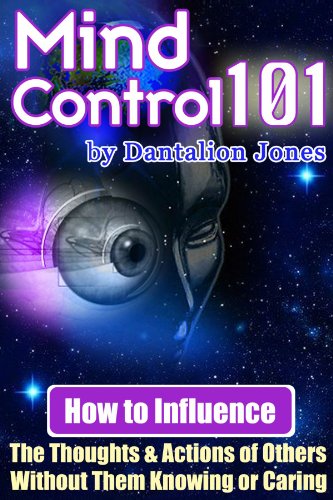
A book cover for Mind Control 101 - How To Influence The Thoughts And Actions Of Others Without Them Knowing Or Caring; Dantalion Jones; Health, Fitness & Dieting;